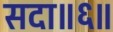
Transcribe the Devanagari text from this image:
सदा॥६॥